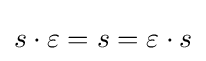
s\cdot \varepsilon =s=\varepsilon \cdot s